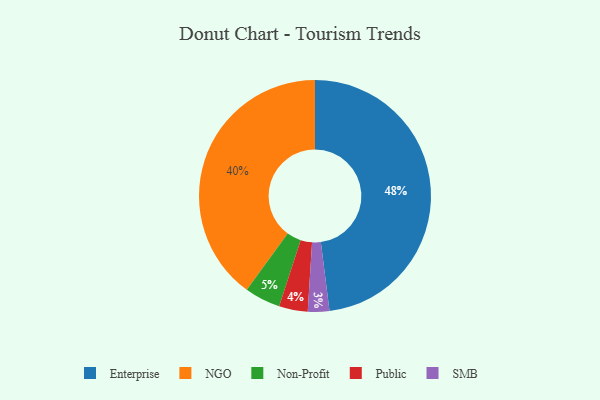
{"axis": {"x": "Category", "y": "Percentage"}, "legend": ["Enterprise", "NGO", "Non-Profit", "Public", "SMB"], "data": [{"x": "Enterprise", "y": 48, "type": "Enterprise"}, {"x": "NGO", "y": 40, "type": "NGO"}, {"x": "Public", "y": 4, "type": "Public"}, {"x": "SMB", "y": 3, "type": "SMB"}, {"x": "Non-Profit", "y": 5, "type": "Non-Profit"}]}